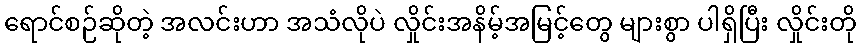
ရောင်စဉ်ဆိုတဲ့ အလင်းဟာ အသံလိုပဲ လှိုင်းအနိမ့်အမြင့်တွေ များစွာ ပါရှိပြီး လှိုင်းတို